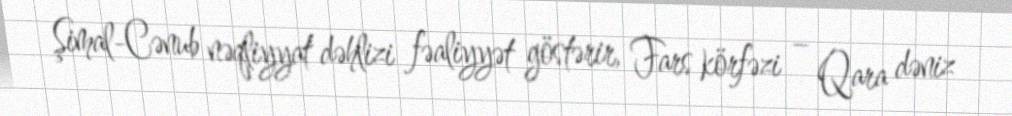
Şimal-Cənub nəqliyyat dəhlizi fəaliyyət göstərir, Fars körfəzi – Qara dəniz